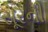
સૂરની